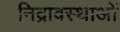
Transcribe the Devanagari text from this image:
निद्रावस्थाओं